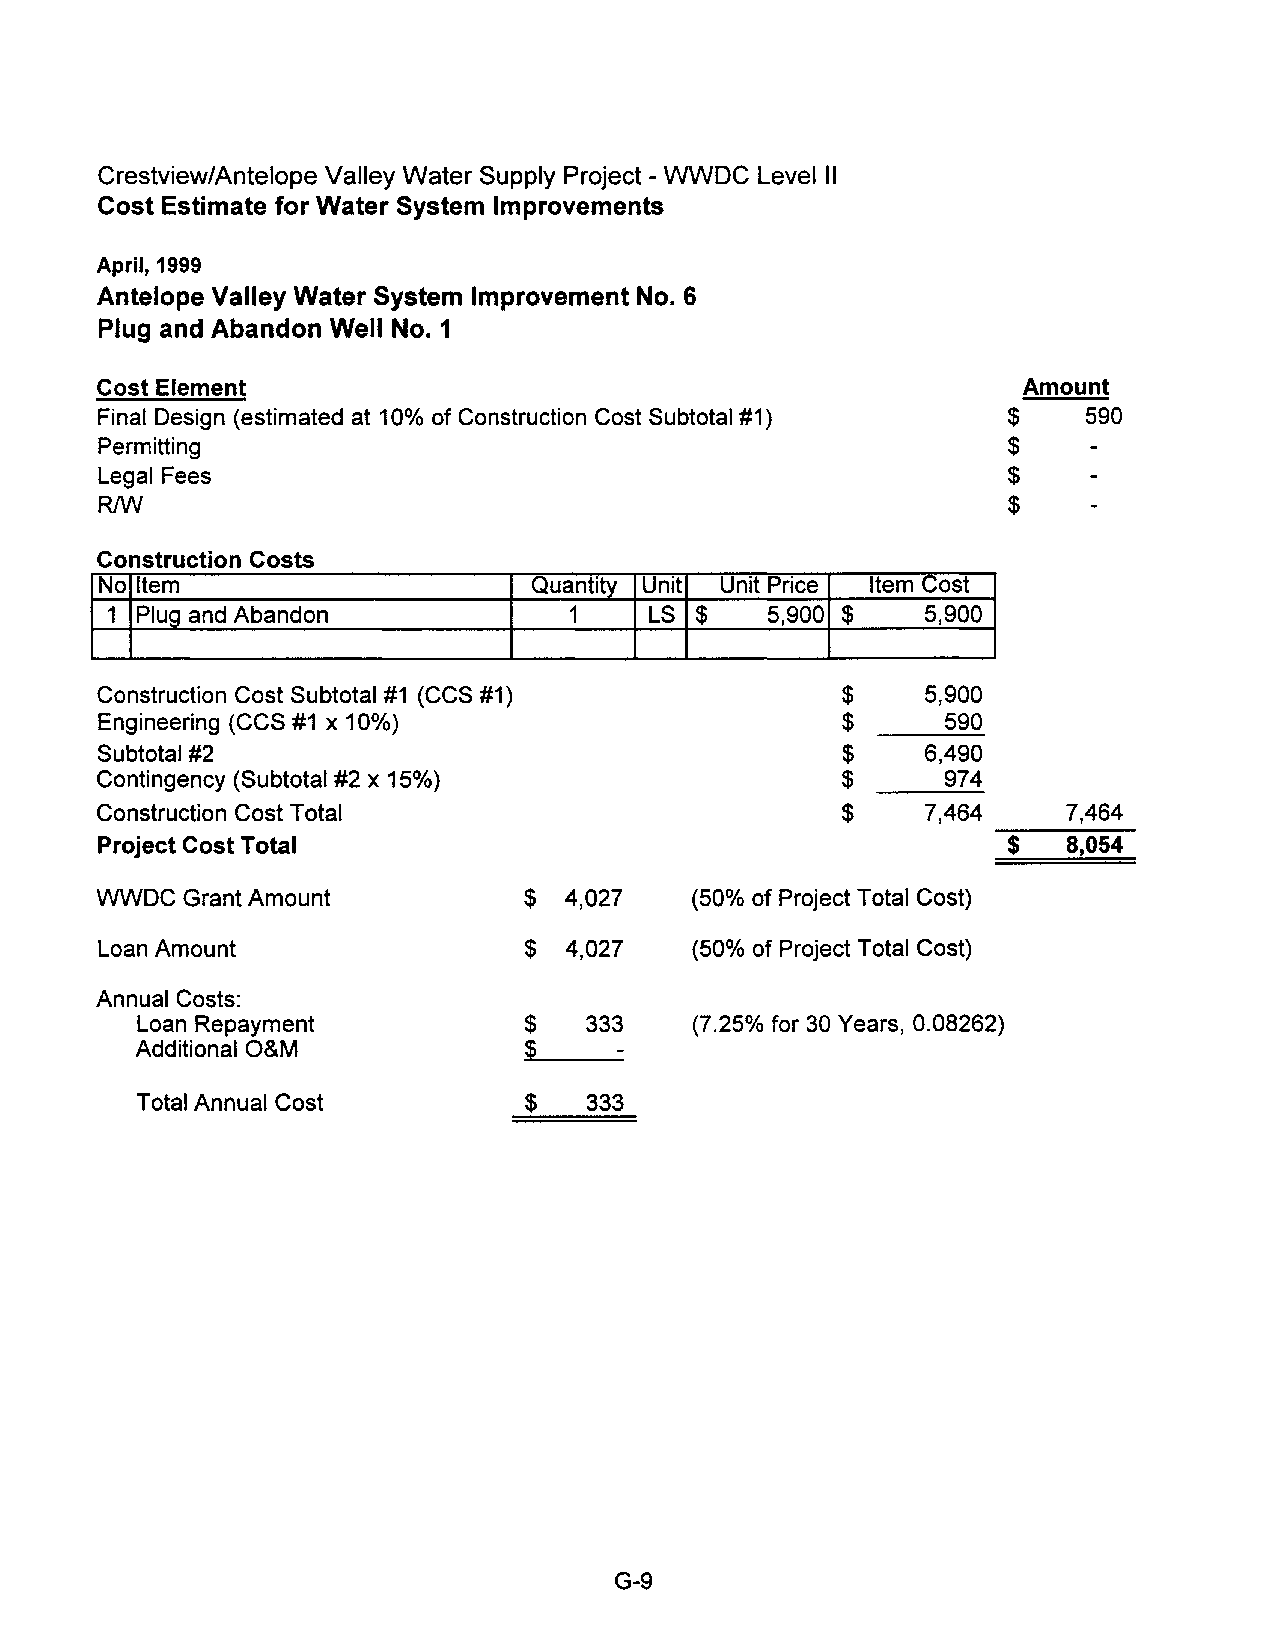
Crestview/Antelope Valley Water Supply Project - WWDC Level II
 Cost Estimate for Water System Improvements
 April, 1999
 Antelope Valley Water System Improvement No.6
 Plug and Abandon Well No.1
 Cost Element                                                 Amount
 Final Design (estimated at 10% of Construction Cost Subtotal #1) $ 590
 Permitting                                                  $
 Legal Fees                                                  $
 RfW                                                         $
 Construction Costs
 No Item                     Quantity Unit Unit Price Item Cost
 1 Plug and Abandon             1    LS $    5,900 $   5,900
 Construction Cost Subtotal #1 (CCS #1)           $    5,900
 Engineering (CCS #1 x 100/0)                     $      590
 Subtotal #2                                      $    6,490
 Contingency (Subtotal #2 x 15%)                  $      974
 Construction Cost Total                          $    7,464     7,464
 Project Cost Total                                          $   8,054
 WWDC Grant Amount           $  4,027   (50%) of Project Total Cost)
 Loan Amount                 $  4,027   (50%) of Project Total Cost)
 Annual Costs:
 Loan Repayment            $   333    (7.25% for 30 Years, 0.08262)
 Additional O&M            $
 Total Annual Cost         $   333
 G-9